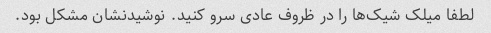
لطفا میلک شیک‌ها را در ظروف عادی سرو کنید. نوشیدنشان مشکل بود.